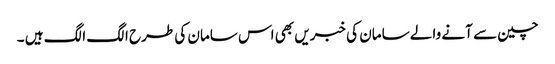
چین سے آنے والے سامان کی خبریں بھی اس سامان کی طرح الگ الگ ہیں ۔